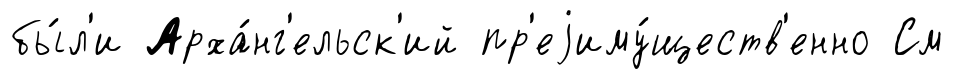
бы́л'и Арха́нг'ельск'ий пр'еjиму́ществ'енно См